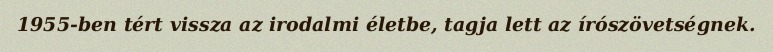
1955-ben tért vissza az irodalmi életbe, tagja lett az írószövetségnek.